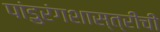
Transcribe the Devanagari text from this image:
पांडुरंगशास्त्रींची